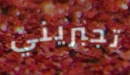
تجبريني